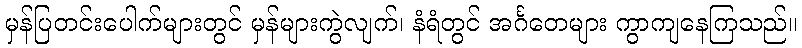
မှန်ပြတင်းပေါက်များတွင် မှန်များကွဲလျက်၊ နံရံတွင် အင်္ဂတေများ ကွာကျနေကြသည်။